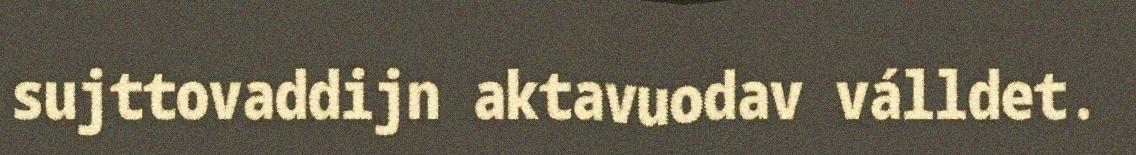
sujttovaddijn aktavuodav válldet.